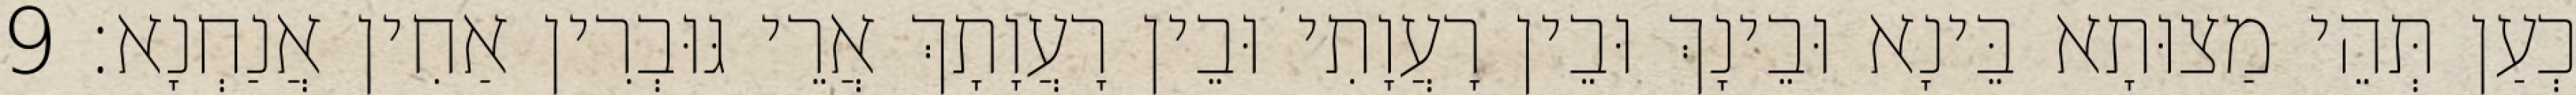
כְעַן תְּהֵי מַצוּתָא בֵּינָא וּבֵינָךְ וּבֵין רָעֲוָתִי וּבֵין רָעֲוָתָךְ אֲרֵי גּוּבְרִין אַחִין אֲנַחְנָא׃ 9